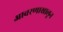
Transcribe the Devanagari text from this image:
आवरणाखालून